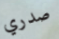
صدري